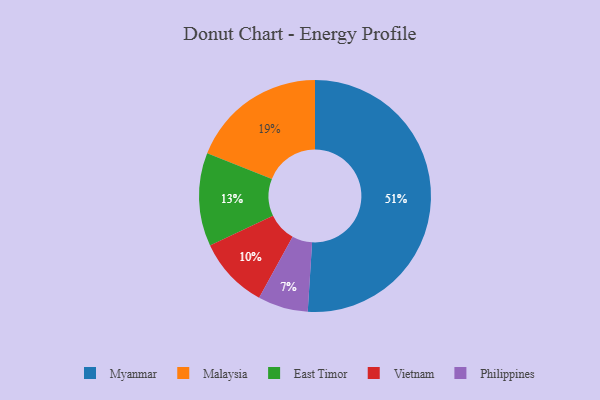
{"axis": {"x": "Category", "y": "Percentage"}, "legend": ["East Timor", "Malaysia", "Myanmar", "Philippines", "Vietnam"], "data": [{"x": "Vietnam", "y": 10, "type": "Vietnam"}, {"x": "East Timor", "y": 13, "type": "East Timor"}, {"x": "Malaysia", "y": 19, "type": "Malaysia"}, {"x": "Philippines", "y": 7, "type": "Philippines"}, {"x": "Myanmar", "y": 51, "type": "Myanmar"}]}